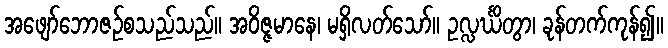
အဖျော်ဘောဇဉ်စသည်သည်။ အဝိဇ္ဇမာနေ၊ မရှိလတ်သော်။ ဥလ္လင်္ဃိတွာ၊ ခုန်တက်ကုန်၍။